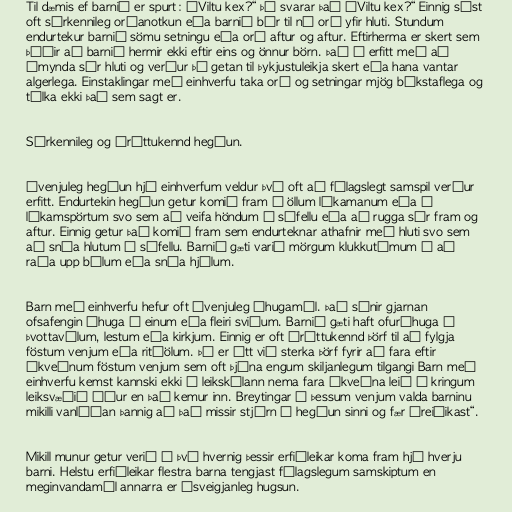
Til dæmis ef barnið er spurt: „Viltu kex?“ þá svarar það „Viltu kex?“ Einnig sést
oft sérkennileg orðanotkun eða barnið býr til ný orð yfir hluti. Stundum
endurtekur barnið sömu setningu eða orð aftur og aftur. Eftirherma er skert sem
þýðir að barnið hermir ekki eftir eins og önnur börn. Það á erfitt með að
ímynda sér hluti og verður þá getan til þykjustuleikja skert eða hana vantar
algerlega. Einstaklingar með einhverfu taka orð og setningar mjög bókstaflega og
túlka ekki það sem sagt er.

Sérkennileg og áráttukennd hegðun.

Óvenjuleg hegðun hjá einhverfum veldur því oft að félagslegt samspil verður
erfitt. Endurtekin hegðun getur komið fram í öllum líkamanum eða í
líkamspörtum svo sem að veifa höndum í sífellu eða að rugga sér fram og
aftur. Einnig getur það komið fram sem endurteknar athafnir með hluti svo sem
að snúa hlutum í sífellu. Barnið gæti varið mörgum klukkutímum í að
raða upp bílum eða snúa hjólum.

Barn með einhverfu hefur oft óvenjuleg áhugamál. Það sýnir gjarnan
ofsafengin áhuga á einum eða fleiri sviðum. Barnið gæti haft ofuráhuga á
þvottavélum, lestum eða kirkjum. Einnig er oft áráttukennd þörf til að fylgja
föstum venjum eða ritúölum. Þá er átt við sterka þörf fyrir að fara eftir
ákveðnum föstum venjum sem oft þjóna engum skiljanlegum tilgangi Barn með
einhverfu kemst kannski ekki í leikskólann nema fara ákveðna leið í kringum
leiksvæðið áður en það kemur inn. Breytingar á þessum venjum valda barninu
mikilli vanlíðan þannig að það missir stjórn á hegðun sinni og fær „reiðikast“.

Mikill munur getur verið á því hvernig þessir erfiðleikar koma fram hjá hverju
barni. Helstu erfiðleikar flestra barna tengjast félagslegum samskiptum en
meginvandamál annarra er ósveigjanleg hugsun.